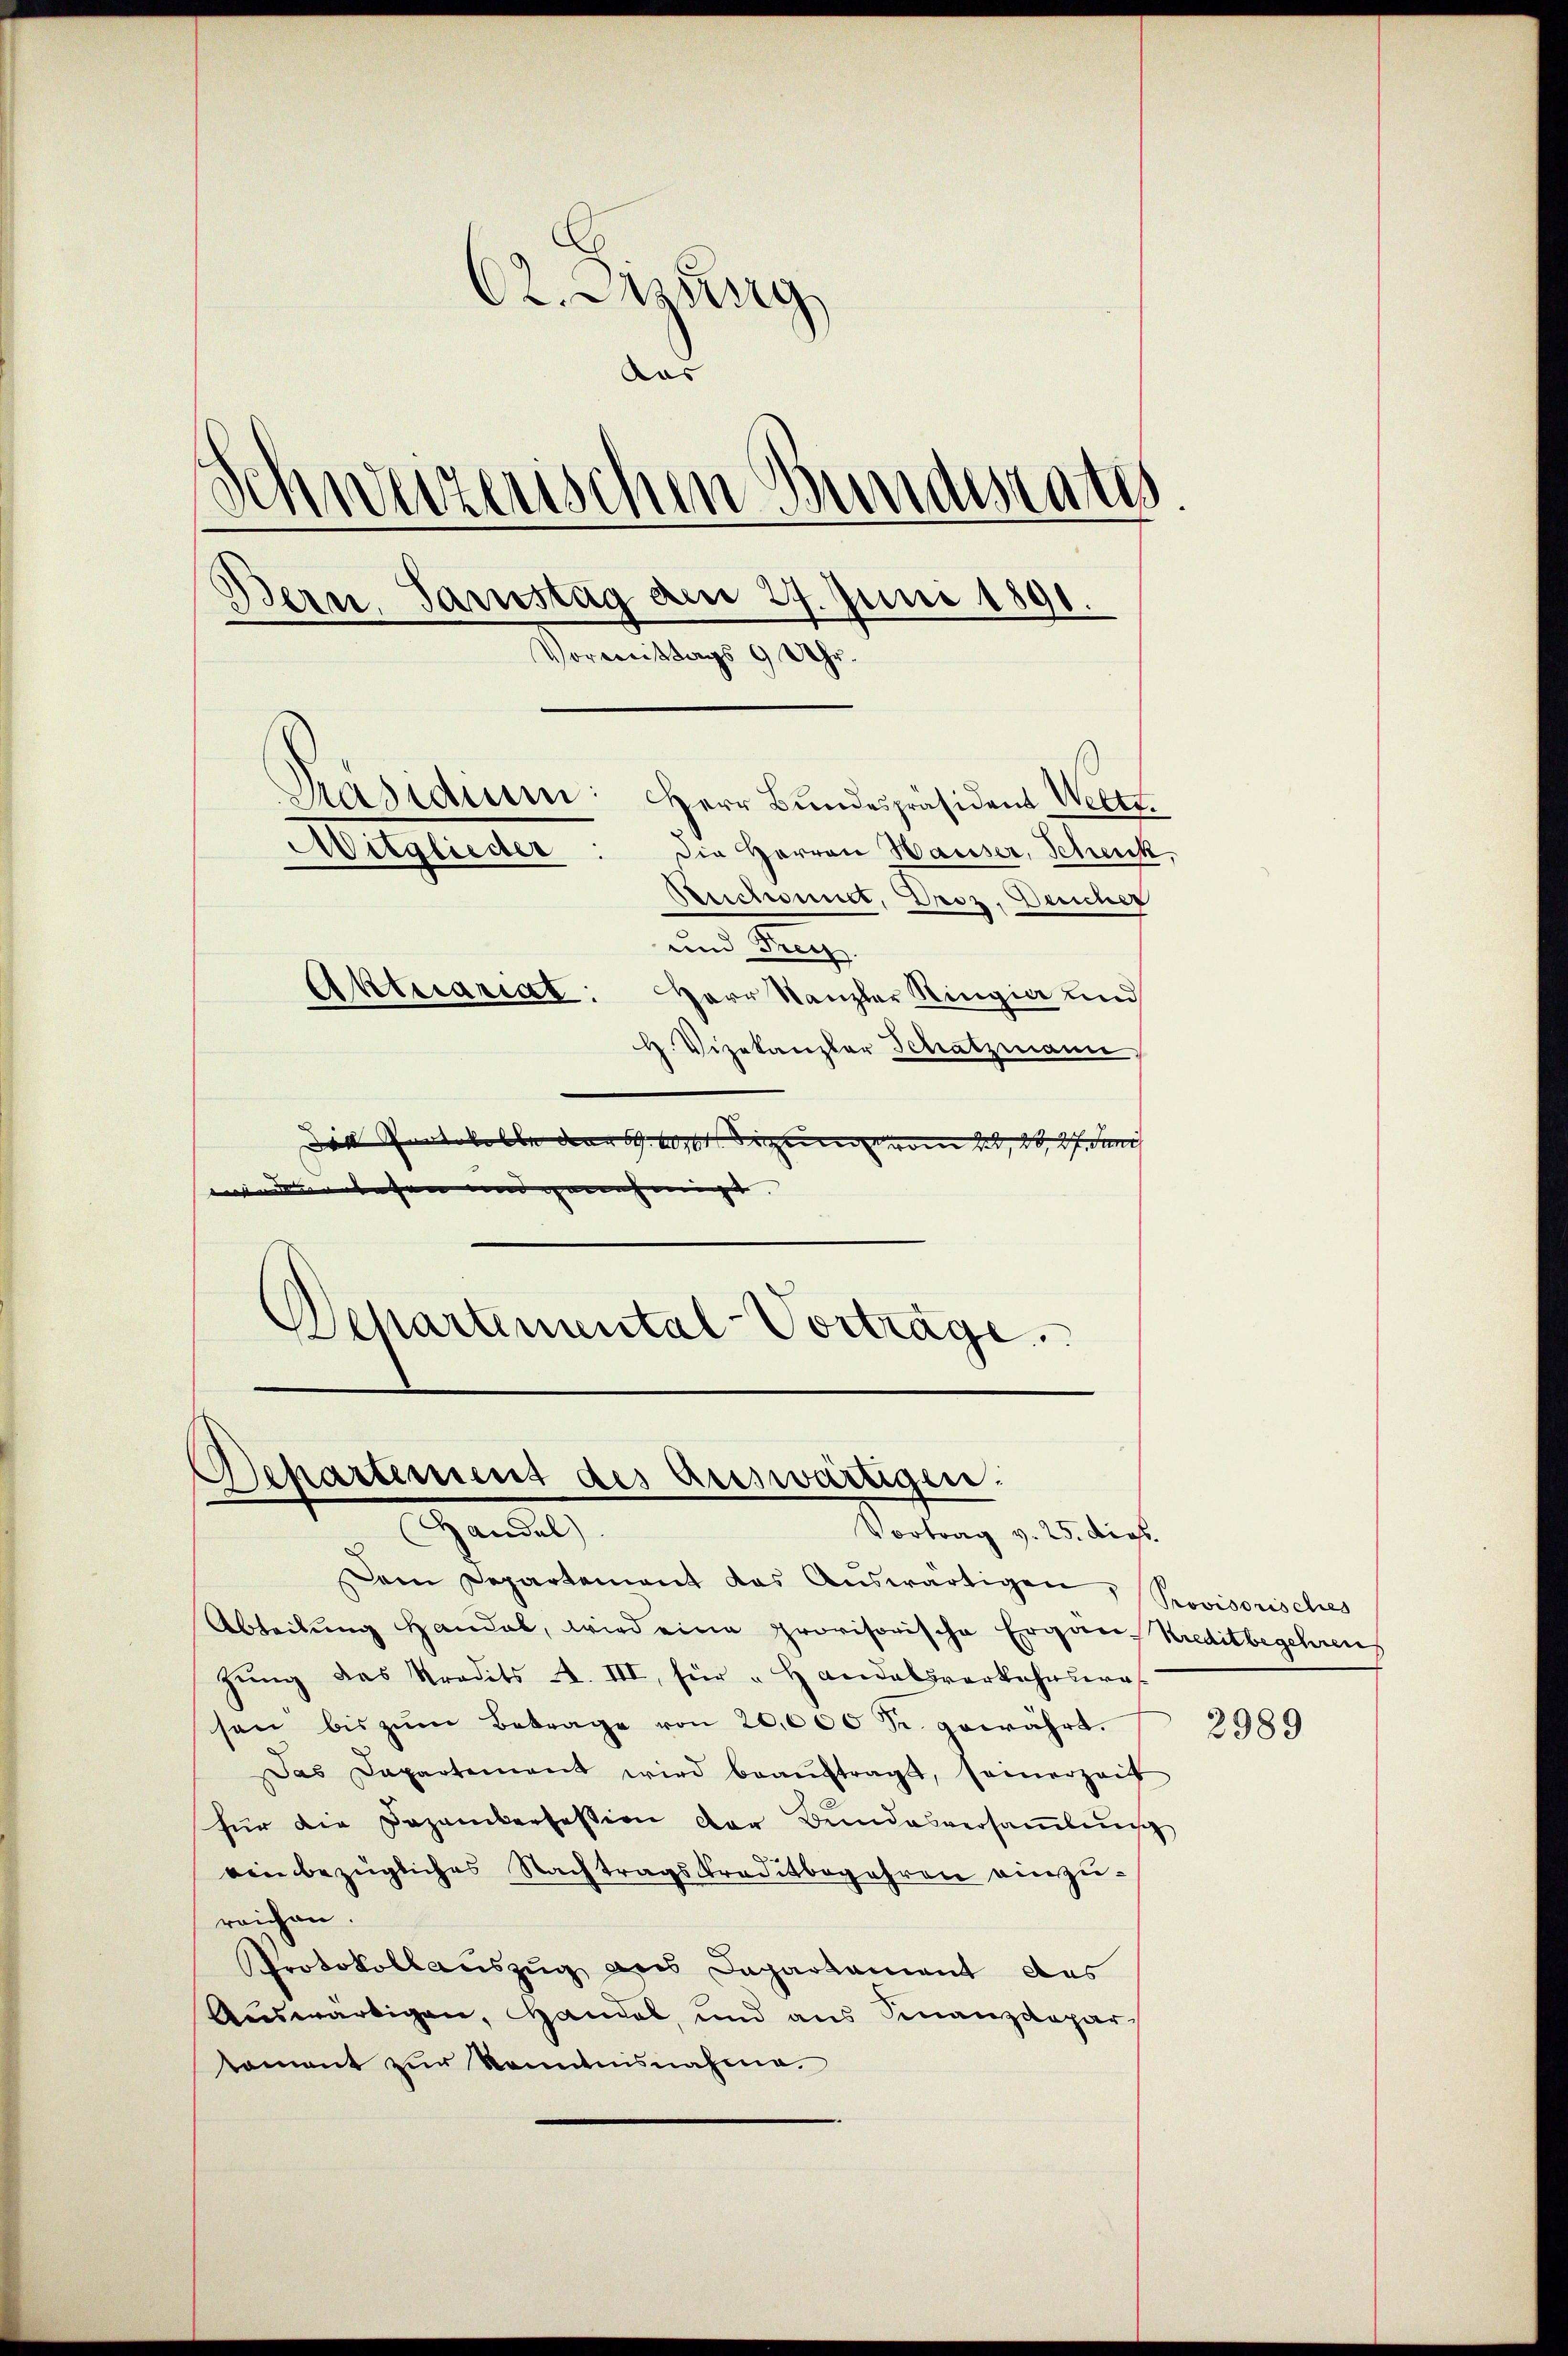
82. Disung
Aus
de
indestatt
.
Weizeris
.
)
Bern, Samstag am 24. Juni 1891.
Vormittags 9 Uhr.
Präsidium: Herr Bundespräsident Weltt.
Mitglieder: die Herren Hauser, Schenk,
Reichnet, Droz, Deucher
nm einge
Aktuariat: Herr Kanzler Ringia und
H. Vizekanzler Schatzmann
die Protokolle dann 19. 100 dienen vom 21. 26, 27. Juni
ein den erlesen und genehmigt. |

Departemental-Vorträge.
Departement des Auswärtigen.
Ganel
Vortrag v. 25. dies

Dem Departement das Aŭswärtigen Provisorisches
Abteilung Handal, wird eine provisorische Ergän-Kreditbegehrens
zung des Stradits A. III, für " Handelsverkehrsera
sen bis zŭm Betrage von 20,000 Fr. gewährt.
Das Dapartement wird beaŭftragt, seinerzeit
für die Dazankerfession der Bundesversaṁlŭng
ein bezügliches Nachtragskreditbegehren einzu-
reichen.
Protokollauszug des Departement des
Auswärtigen, Handes, und aus Finanzdepar
koment zur Kenntnisnahme.

2989